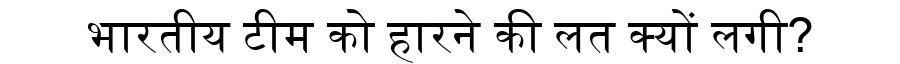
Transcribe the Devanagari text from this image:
भारतीय टीम को हारने की लत क्यों लगी?